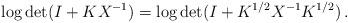
LaTeX: \begin{align*}\log \det ( I + KX^{-1} ) = \log \det ( I + K^{1/2} X^{-1} K^{1/2} ) \,.\end{align*}